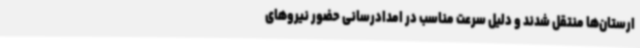
ارستان‌ها منتقل شدند و دلیل سرعت مناسب در امدادرسانی حضور نیروهای